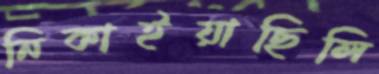
নিকাইয়াছিলি